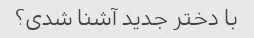
با دختر جدید آشنا شدی؟